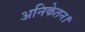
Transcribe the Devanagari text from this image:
अनिकेतन।